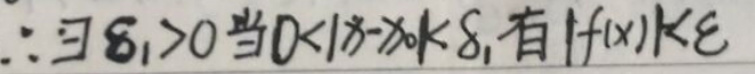
$\therefore\exists\delta_{1}>0$当$0 < |x - x_{0}|<\delta_{1}$有$|f(x)|<\varepsilon$